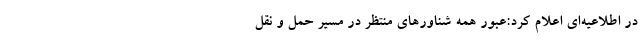
در اطلاعیه‌ای اعلام کرد:عبور همه شناورهای منتظر در مسیر حمل و نقل